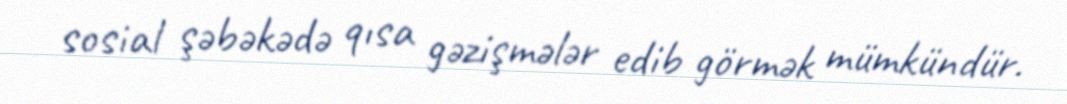
sosial şəbəkədə qısa gəzişmələr edib görmək mümkündür.